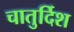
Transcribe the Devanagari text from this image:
चातुर्दिश